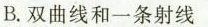
B.双曲线和一条射线